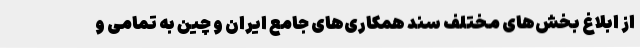
از ابلاغ بخش‌های مختلف سند همکاری‌های جامع ایران و چین به تمامی و